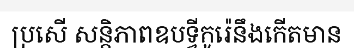
ប្រសើ សន្តិភាពឧបទ្វីកូរ៉េនឹងកើតមាន